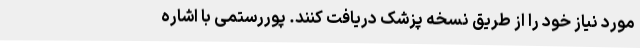
مورد نیاز خود را از طریق نسخه پزشک دریافت کنند. پوررستمی با اشاره